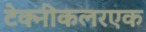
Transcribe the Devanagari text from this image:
टेक्नीकलरएक